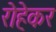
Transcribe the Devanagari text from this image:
रोहेकर